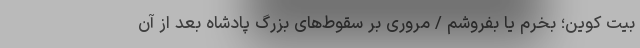
بیت کوین؛ بخرم یا بفروشم / مروری بر سقوط‌های بزرگ پادشاه بعد از آن